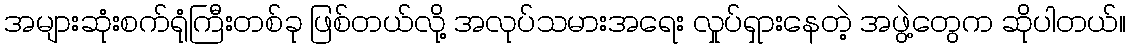
အများဆုံးစက်ရုံကြီးတစ်ခု ဖြစ်တယ်လို့ အလုပ်သမားအရေး လှုပ်ရှားနေတဲ့ အဖွဲ့တွေက ဆိုပါတယ်။